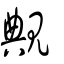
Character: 覥